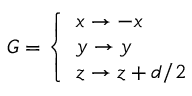
G = \left\{ \begin{array} { l l } { x \rightarrow - x } \\ { y \rightarrow y } \\ { z \rightarrow z + d / 2 } \end{array} \right.